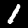
Digit: 1